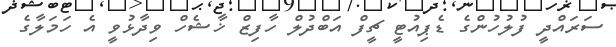
ސަރައްދީ ފުލުހުންގެ ޑެޕިއުޓީ ޗީފް އަބްދުލް ހާފިޒް ޚާޝެހް ވިދާޅުވީ އެ ހަމަލާގެ